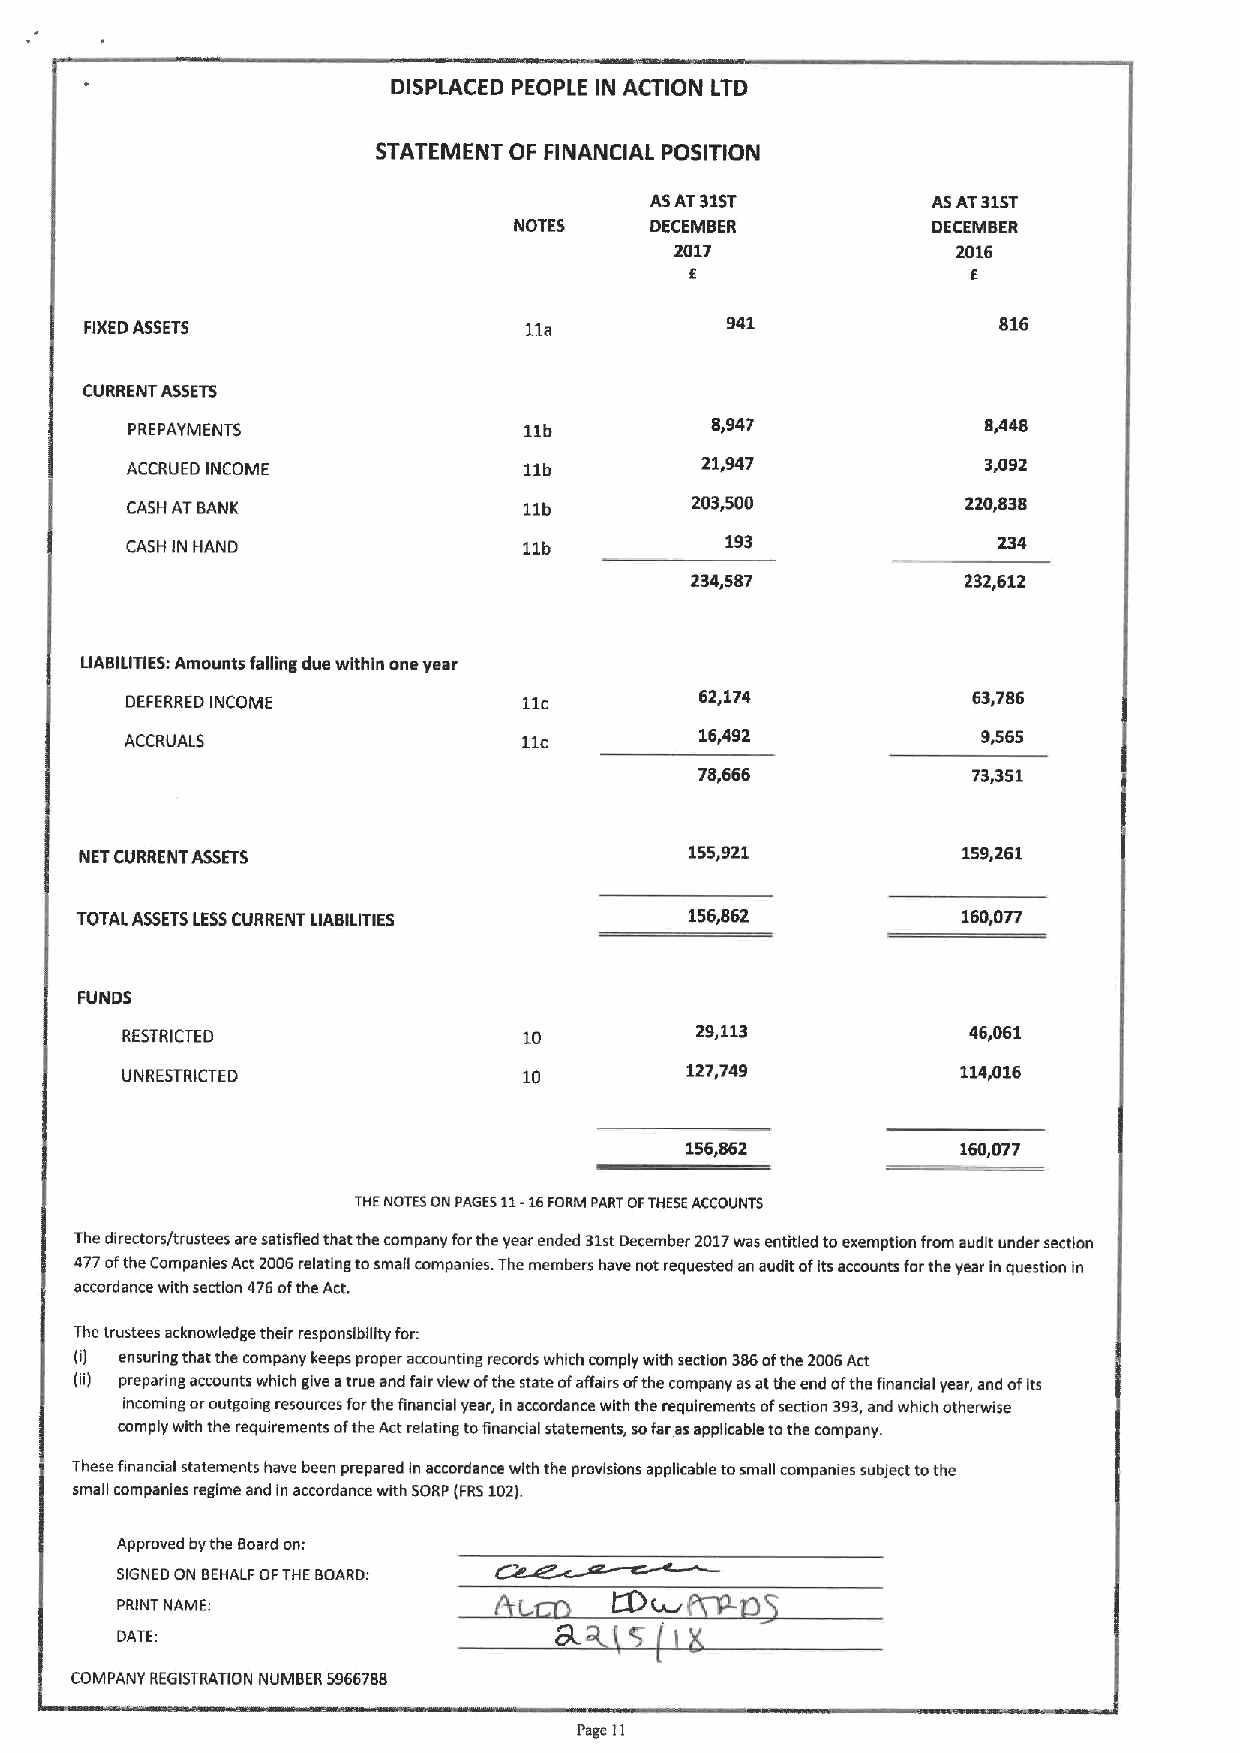
DISPlACED PEOPLE IN ACTION LTD
 STATEMENT OF FINANCIAL POSITION
 ASAT31ST           ASAT31ST
 NOTES    DECEMBER           DECEMBER
 2017              2016
 E                 4
 941               816
 FIXEDASSETS                  11a
 CURRENT ASSETS
 PREPAYMENTS                11b         8,947             8,448
 ACCRUED INCOME             11b        21,947             3,092
 CASH ATBANK                11b        203,500           220,838
 CASH IN HAND               11b          193               234
 234,587           232,612
 LIABILITIES:Amounts falling due within one year
 DEFERRED INCOME            11c        62,174            63,786
 ACCRUALS                   11c        16,492             9,565
 78,666            73,351
 NETCURRENT ASSETS
 155,921           159,261
 TOTAL ASSETSLESSCURRENT LIABILITIES      156,862           160,077
 FUNDS
 RESTRICTED                 10         29,113            46,061
 UNRESTRICTED               10        127,749            114,016
 156r862            160,077
 THENOTESON
 PAGES11-16FORM
 PARTOFTHESEACCOUNTS
 The directors/trustees are satisfied that the company forthe year ended 31stDecember 2017was entitled toexemption from audit under section
 477ofthe Companies Act 2006relating tosmall companies. The members have not requested an audit ofits accounts forthe year in question in
 accordance with section 476ofthe Act.
 The trustees acknowledge their responsibility for:
 (i) ensuring that the company keeps proper accounting records which comply with section 336ofthe 2006Act
 (ii) preparing accounts which give atrue and fair view ofthe state ofaffairs ofthe company asatthe end ofthe financial year, and ofits
 incoming oroutgoing resources forthe financial year, in accordance with the requirements ofsection 393,and which otherwise
 comply with the requirements ofthe Act relating tofinancial statements, sofar asapplicable tothe company.
 These frnancial statements have been prepared in accordance with the provisions applicable tosmall companies subject tothe
 small companies regime and in accordance with SORP(FRS102).
 Approved bythe Board on:
 SIGNED ON BEHALF OFTHEBOARD:
 PRINT NAME:
 DATE:
 COMPANY REGISTRATION NUMBER 5966733
 Page 11